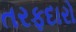
તરફદારો